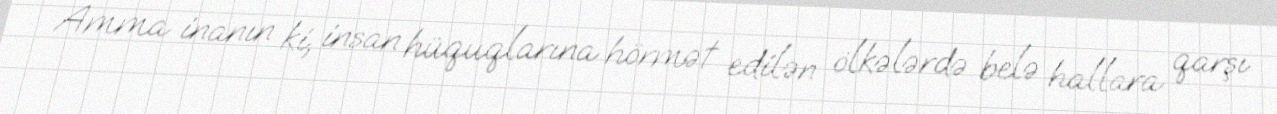
Amma inanın ki, insan hüquqlarına hörmət edilən ölkələrdə belə hallara qarşı